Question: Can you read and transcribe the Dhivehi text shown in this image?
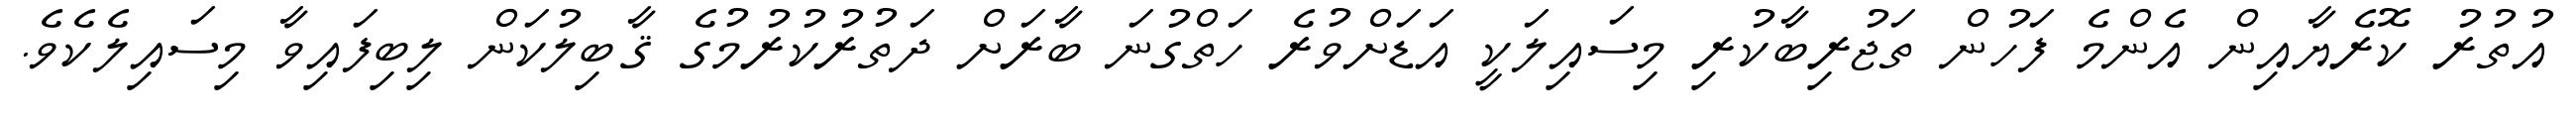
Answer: އުތުރު ކޮރެޔާއިން އެންމެ ފަހުން ތަޖުރިބާކުރި މިސައިލަކީ އަޑަށްވުރެ ހަތްގުނަ ބާރަށް ދަތުރުކުރުމުގެ ޤާބިލުކަން ލިބިފައިވާ މިސައިލެކެވެ.